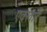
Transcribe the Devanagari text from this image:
एक्खार्ट